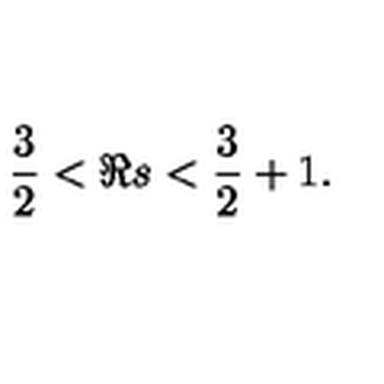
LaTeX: \frac { 3 } { 2 } < \Re s < \frac { 3 } { 2 } + 1 .